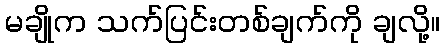
မချိုက သက်ပြင်းတစ်ချက်ကို ချလို့။